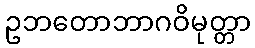
ဥဘတောဘာဂဝိမုတ္တာ